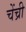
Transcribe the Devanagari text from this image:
चेंच्री